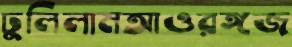
ঢুলিলামআওরঙ্গজ